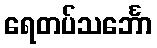
ရေတပ်သင်္ဘော